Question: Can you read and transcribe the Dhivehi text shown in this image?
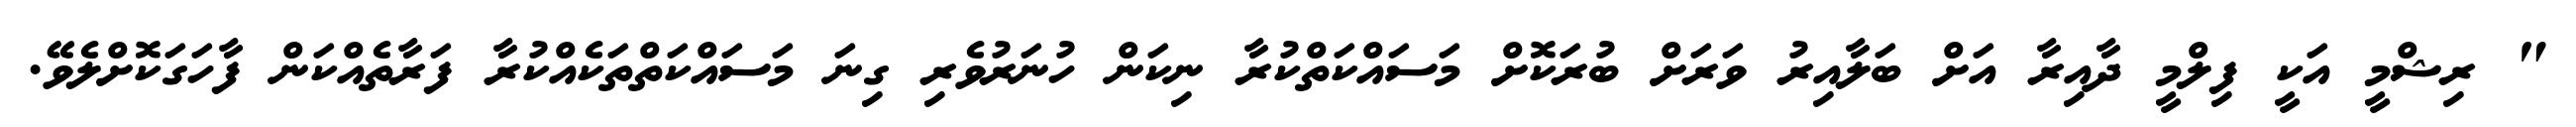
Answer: " ރިޝްމީ އަކީ ފިލްމީ ދާއިރާ އަށް ބަލާއިރު ވަރަށް ބުރަކޮށް މަސައްކަތްކުރާ ނިކަން ހުނަރުވެރި ގިނަ މަސައްކަތްތަކެއްކުރާ ފަރާތެއްކަން ފާހަގަކޮށްލެވޭ.